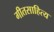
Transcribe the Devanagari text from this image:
गीतसाहित्य